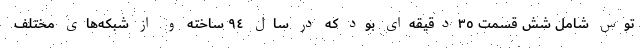
توس شامل شش قسمت ٣٥دقیقه‌ای بود که در سال ٩٤ ساخته و از شبکه‌های مختلف